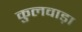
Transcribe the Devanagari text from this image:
कुलवाड़ा